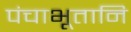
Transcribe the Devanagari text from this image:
पंचाभूतानि